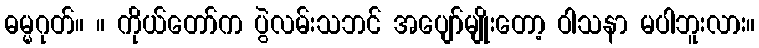
ဓမ္မဂုတ်။ ။ ကိုယ်တော်က ပွဲလမ်းသဘင် အပျော်မျိုးတော့ ဝါသနာ မပါဘူးလား။